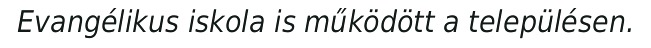
Evangélikus iskola is működött a településen.